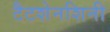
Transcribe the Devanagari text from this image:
टैटशेनशिनी